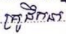
គ្រូដឹកនាំ